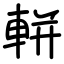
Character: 軿